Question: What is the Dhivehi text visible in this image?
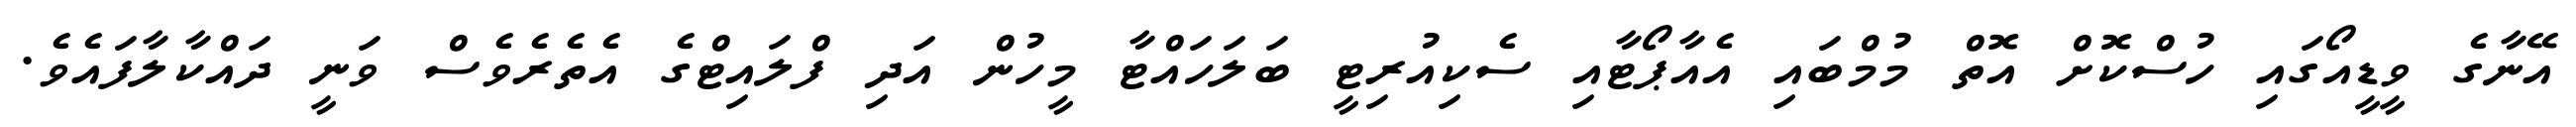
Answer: އޭނާގެ ވީޑީއޯގައި ހުސްކޮށް އޮތް މުމްބައި އެއާޕޯޓާއި ސެކިއުރިޓީ ބަލަހައްޓާ މީހުން އަދި ފްލައިޓްގެ އެތެރެވެސް ވަނީ ދައްކާލާފައެވެ.